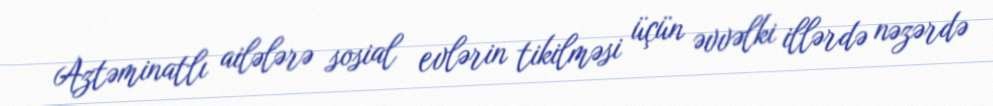
Aztəminatlı ailələrə sosial evlərin tikilməsi üçün əvvəlki illərdə nəzərdə